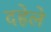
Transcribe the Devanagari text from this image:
दहेले